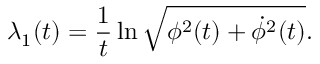
\lambda _ { 1 } ( t ) = \frac { 1 } { t } \ln \sqrt { \phi ^ { 2 } ( t ) + \dot { \phi } ^ { 2 } ( t ) } .